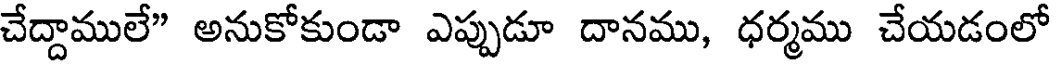
చేద్దాములే" అనుకోకుండా ఎప్పుడూ దానము, ధర్మము చేయడంలో